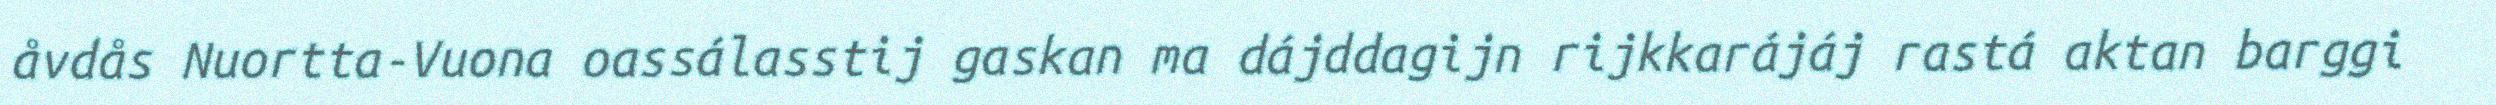
åvdås Nuortta-Vuona oassálasstij gaskan ma dájddagijn rijkkarájáj rastá aktan barggi